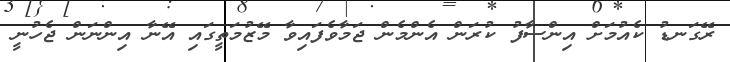
ރޭގަނޑު ކެއުމަށް އިންސާފު ކުރަން އެންމެން ޖަމާވެފައިވާ މޭޒުމަތީގައި އޭނާ އިންނަން ޖެހުނީ